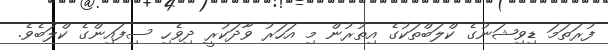
ފުރަތަމަ ޑިވިޝަނުގެ ކްލަބްތަކުގެ އިތުރުން މި އަހަރު ވާދަކުރީ ދިވެހި ސިފައިންގެ ކްލަބެވެ.